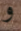
و